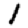
Digit: 1